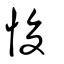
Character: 悛